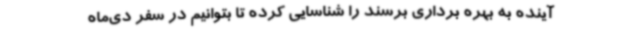
آینده به بهره برداری برسند را شناسایی کرده تا بتوانیم در سفر دی‌ماه